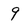
Character: 9